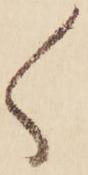
々